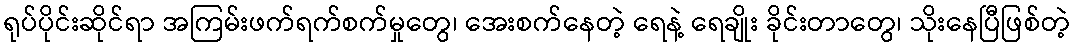
ရုပ်ပိုင်းဆိုင်ရာ အကြမ်းဖက်ရက်စက်မှုတွေ၊ အေးစက်နေတဲ့ ရေနဲ့ ရေချိုး ခိုင်းတာတွေ၊ သိုးနေပြီဖြစ်တဲ့